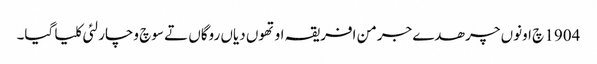
1904 چ اونوں چرھدے جرمن افریقہ اوتھوں دیاں روگاں تے سوچ وچار لئی کلیا گیا۔